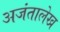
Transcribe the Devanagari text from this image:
अजंतालेख